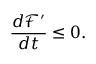
\frac { d \mathcal { F } ^ { \prime } } { d t } \le 0 .